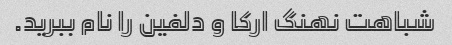
شباهت نهنگ ارکا و دلفین را نام ببرید.